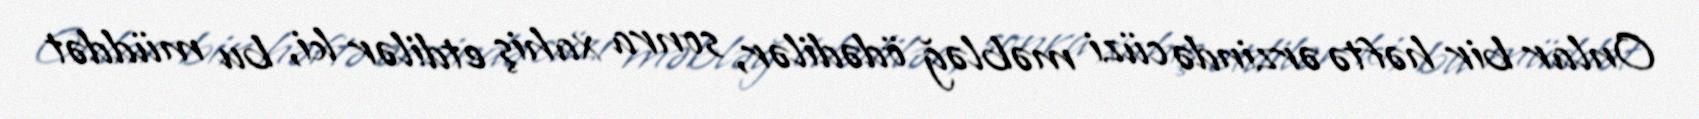
Onlar bir həftə ərzində cüzi məbləğ ödədilər, sonra xahiş etdilər ki, bu müddət